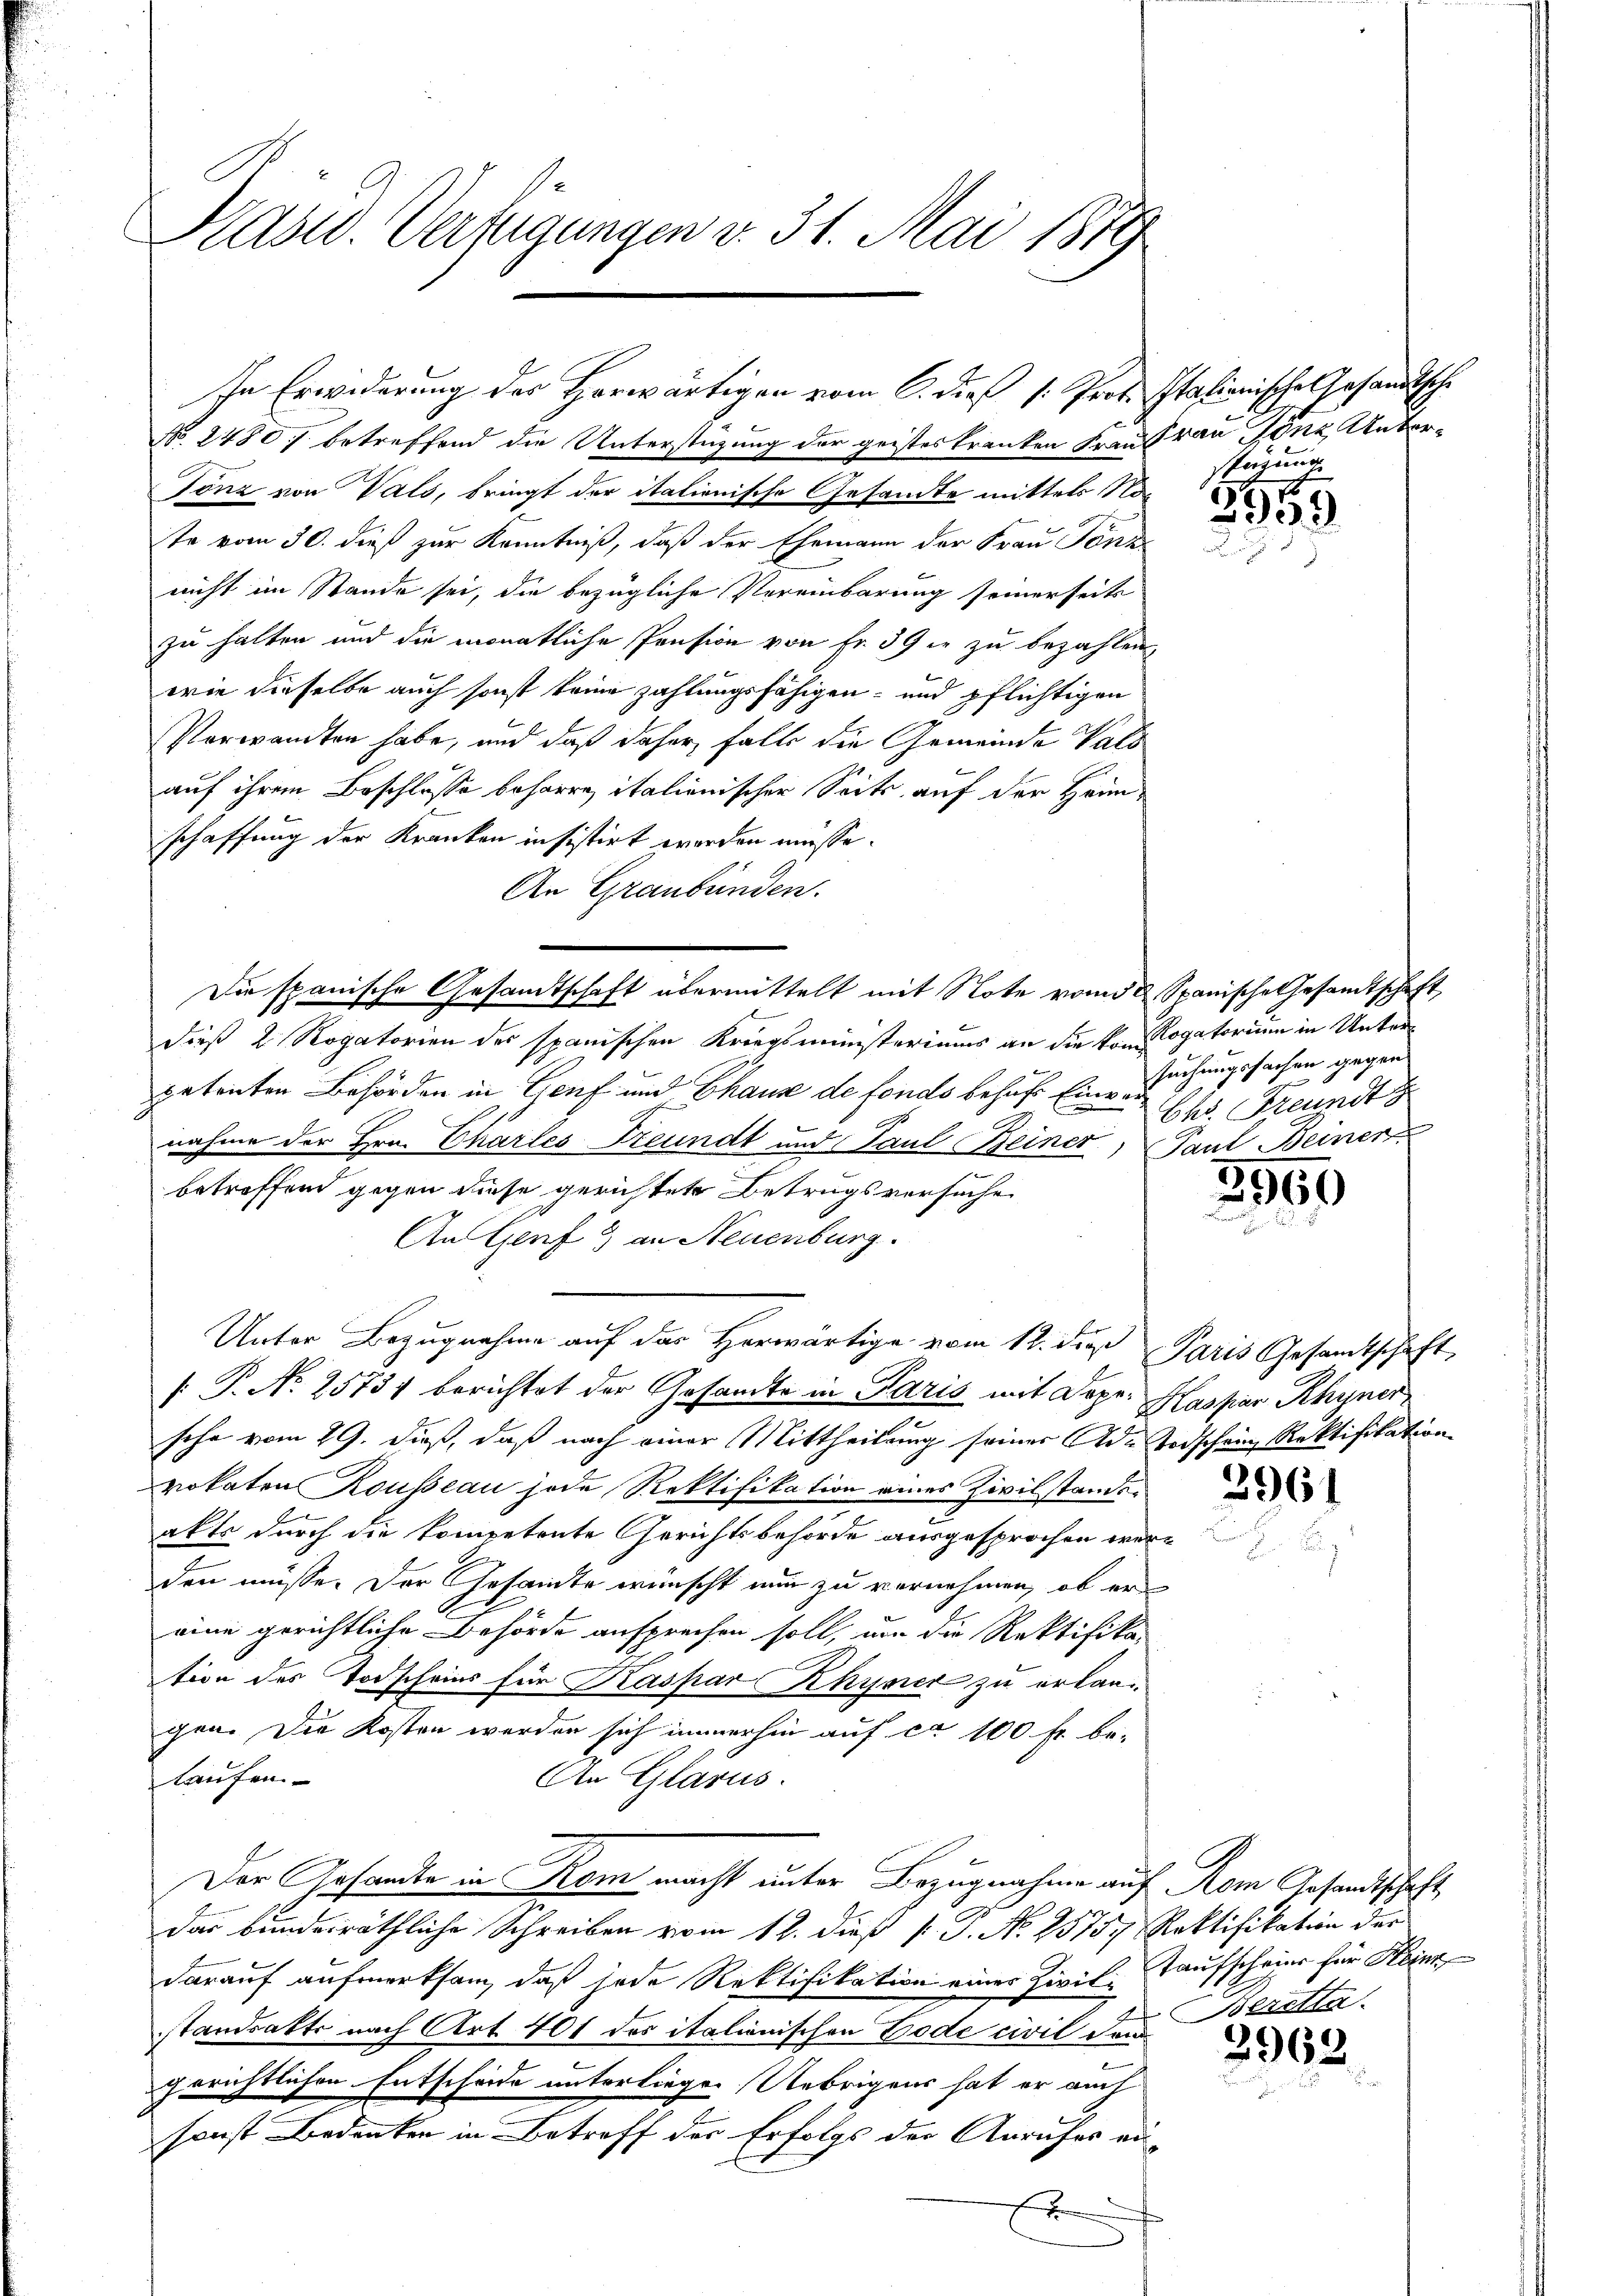
Kasid. Verfügungen v. 31. Mai 1879

In Erwiderung des Horwärtigen vom 6. dieß (: Prof. Italienische Gesandtsche

No. 2480 f betreffend die Unterstützung der geisteskranken Frau rau Jönz Unterg
Tönz von Vals, bringt der itationische Gesandte mittels Note vom 30. dieß zur Kenntniß, daß der Ehemann der Frau Tonk
nicht im Stande sei, die bezügliche Vereinbarung seinerseits
zu halten und die monatliche Pension von Fr. 39 in zu bezahlen,
wie dieselbe auch sonst keine zahlungsfähigen- und pflichtigen
Vorwandten habe, und daß daher, falls die Gemeinde Vals
b
auf ihrem Beschlüsse beharre italienischer Seits auf der Heimschaffung der Kranken insistirt worden müsse.
An Graubünden.
dieß 2 Rogatorien der spanischen Kriegsministeriums an die von Rogatorium in Unterpetenten Behörden in Genf und Chaus de fonds behuf Eine suchungssachen gegen
nahme der Hrn. Chartes Freundt und Paul Beiner, Pant Beiner
betreffend gegen diese gerichtete Betrugsversuche
An Genf a) an Neuenburg.
Unter Bezugnahme auf das Herwärtige vom 12. die Paris Gesamtschaft,
[ P. Nr. 25737 berichtet der Gesandte in Paris mit Dopr. Kaspar Rhyner
sche vom 29. dieß, daß nach einer Mittheilung seiner Ade Todschein, Rektifikation
vokaten Rousseau jede Rektifikation eines Zivilstandeakts durch die kompetente Gerichtsbehörde ausgesprochen werden müsse. Der Gesamte wünscht nun zu vernehmen, ob er
eine gerichtliche Behörde ansprechen soll, um die Rektifika-
tion des Todscheins für Kaspar Rhyner zu erlangen. Die Kosten werden sich immerhin auf ca 100 fr. be-
laufen.
An Glarus.
Der Gesandte in Rom macht unter Bezugnahme auf Rom Gesandtschaft,
das bundesräthliche Schreiben vom 12. dieß P. J. No 2575. Rektifikation des
darauf aufmerksam, daß jede Rektifikation eines Zivil- Taufscheine für Heinr
standsatts nach Art. 401 des italienischen Tode civil dem
gerichtlichen Entscheide unterliegen. Uebrigens hat er auch
sonst Bedenken in Betreff der Erfolgs der Anrufes ein
f

Die spanische Gesandtschaft übermittelt mit Note vom 3 t Spanische Gesandtschaft

stüzung

d
2553

Chr. Freundt

3550

3961

Beretta

2962.